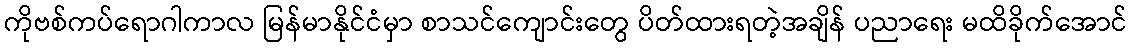
ကိုဗစ်ကပ်ရောဂါကာလ မြန်မာနိုင်ငံမှာ စာသင်ကျောင်းတွေ ပိတ်ထားရတဲ့အချိန် ပညာရေး မထိခိုက်အောင်